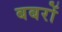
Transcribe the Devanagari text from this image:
बबरों